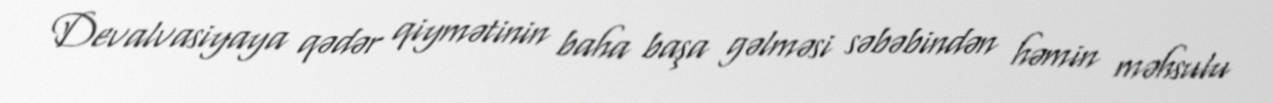
Devalvasiyaya qədər qiymətinin baha başa gəlməsi səbəbindən həmin məhsulu